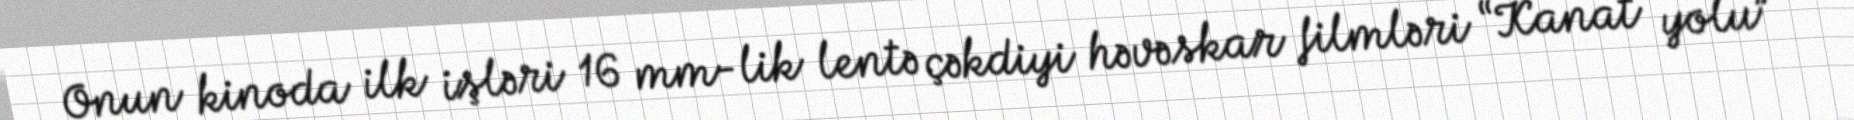
Onun kinoda ilk işləri 16 mm-lik lentə çəkdiyi həvəskar filmləri “Kanat yolu”